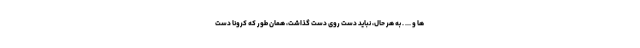
ها و ... . به هر حال، نباید دست روی دست گذاشت، همان طور که کرونا دست